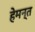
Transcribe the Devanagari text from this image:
हेमन्‍त